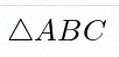
\triangle ABC